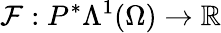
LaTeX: \mathcal{F}:P^{\ast}\Lambda^{1}(\Omega)\to\mathbb{R}